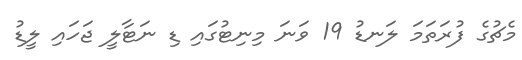
މެޗުގެ ފުރަތަމަ ލަނޑު 19 ވަނަ މިނިޓުގައި ޑި ނަޓާލީ ޖަހައި ލީޑު